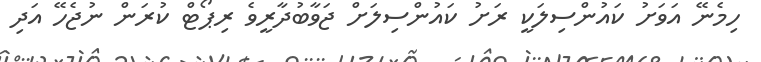
ހިމެނޭ އަވަށު ކައުންސިލަކީ ރަށު ކައުންސިލަށް ޖަވާބުދާރީވެ ރިޕޯޓް ކުރަން ނުޖެހޭ އަދި